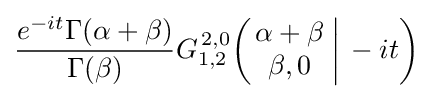
{\frac {e^{-it}\Gamma (\alpha +\beta )}{\Gamma (\beta )}}G_{1,2}^{\,2,0}\!\left(\left.{\begin{matrix}\alpha +\beta \\\beta ,0\end{matrix}}\;\right|\,-it\right)